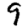
Digit: 9